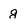
Character: g